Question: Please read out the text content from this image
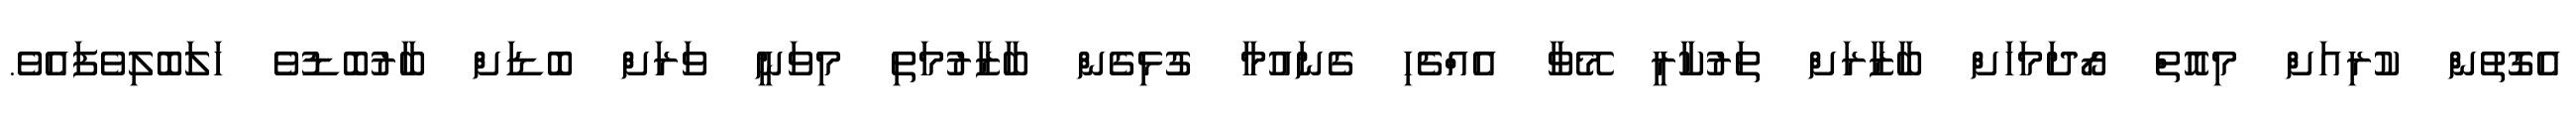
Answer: އެގޮތުން ކުރިއަށް މިއޮތް ރޯދަމަހަށް ބާޒާރަށް ތަރުކާރީ މޭވާ އެއްޗެހި ގެނައުމާ ގުޅިގެން ބާޒާރުމަތި މިވަނީ ވަރަށް ބޮޑަށް ބާރުބޮޑުވެ ހަލަބޮލިވެފައެވެ.